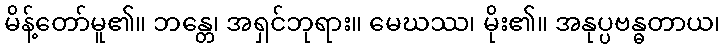
မိန့်တော်မူ၏။ ဘန္တေ၊ အရှင်ဘုရား။ မေဃဿ၊ မိုး၏။ အနုပ္ပဗန္ဓတာယ၊